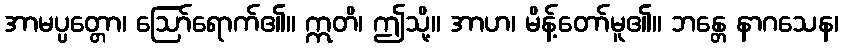
အာမပ္ပတ္တော၊ ဩော်ရောက်၏။ ဣတိ၊ ဤသို့။ အာဟ၊ မိန့်တော်မူ၏။ ဘန္တေ နာဂသေန၊